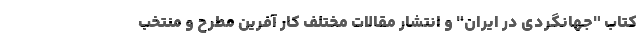
کتاب "جهانگردی در ایران" و انتشار مقالات مختلف کار آفرین مطرح و منتخب